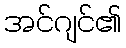
အင်ဂျင်၏